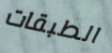
الطبقات